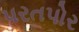
પરતપોર